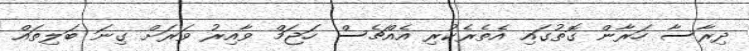
ދިރާސާ ހަރާން ގޮތުގައި އެތެރެކުރި އެއްޗެސް ހަޖަމް ވާއިރު ވަރަށް ގިނަ ބަލިތައް